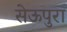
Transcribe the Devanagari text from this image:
सेऊपुरा